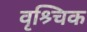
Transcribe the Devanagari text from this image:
वृश्र्चिक